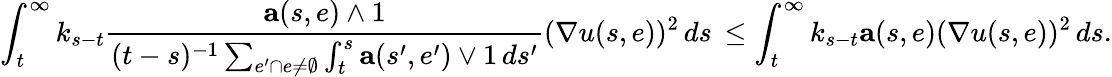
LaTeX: \int_{t}^{\infty}k_{s-t}\frac{\mathbf{a}(s,e)\wedge 1}{(t-s)^{-1}\sum_{e^{\prime}\cap e\neq\emptyset}\int_{t}^{s}\mathbf{a}(s^{\prime},e^{\prime})\vee 1\, ds^{\prime}}(\nabla u(s,e))^{2}\, ds\, \leq\int_{t}^{\infty}k_{s-t}\mathbf{a}(s,e)(\nabla u(s,e))^{2}\, ds.